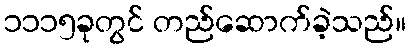
၁၁၁၅ခုတွင် တည်ဆောက်ခဲ့သည်။